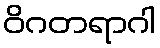
ဝိဂတရာဂါ